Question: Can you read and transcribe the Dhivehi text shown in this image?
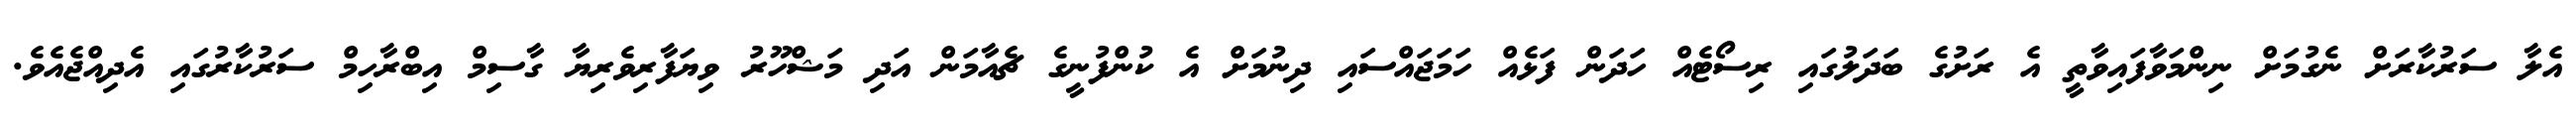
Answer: އެލާ ސަރުކާރަށް ނެގުމަށް ނިންމަވާފައިވާތީ އެ ރަށުގެ ބަދަލުގައި ރިސޯޓެއް ހަދަން ފަޅެއް ހަމަޖައްސައި ދިނުމަށް އެ ކުންފުނީގެ ޗެއާމަން އަދި މަޝްހޫރު ވިޔަފާރިވެރިޔާ ގާސިމް އިބްރާހިމް ސަރުކާރުގައި އެދިއްޖެއެވެ.